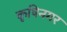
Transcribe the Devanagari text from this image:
कृषिनगर